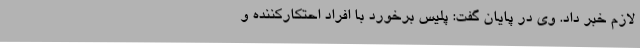
لازم خبر داد. وی در پایان گفت: پلیس برخورد با افراد احتکارکننده و